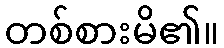
တစ်စားမိ၏။